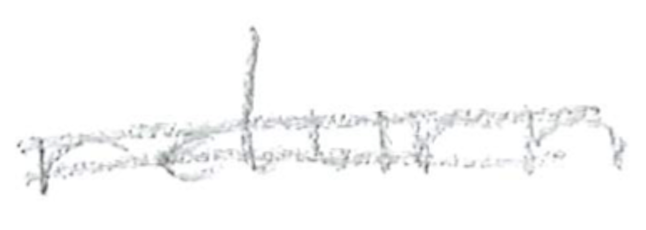
Text: return
Cross-out: double-line
Writing tool: pencil